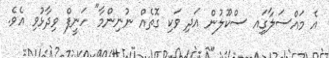
އެ މައްސަލާގަިއ ސްކޫލުން އަދި ވަކި ގޮތެއް ނުނިންމާ" ހަނީފް ވިދާޅުވި އެވެ.